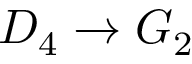
D _ { 4 } \to G _ { 2 }